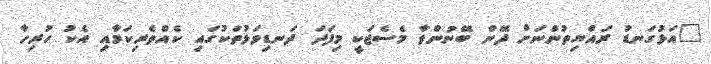
"އަޅުގަނޑު ރައްޔިތުންނަށް ދޭން ބޭނުންވާ މެސެޖަކީ މިފަދަ ދަނޑިވަޅުތަކުގައި ކެއްތެރިކަމާއި އެކު ހުރިހާ